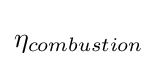
\eta _{combustion}